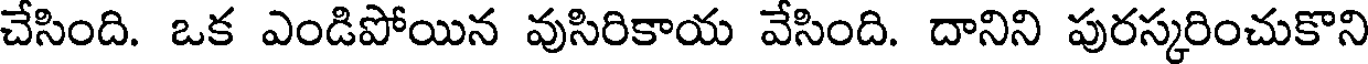
చేసింది. ఒక ఎండిపోయిన వుసిరికాయ వేసింది. దానిని పురస్కరించుకొని